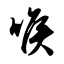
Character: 喉